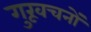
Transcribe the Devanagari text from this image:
गुरूवचनों